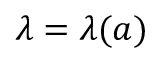
\lambda = \lambda ( { a } )